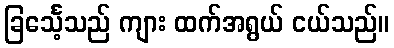
ခြင်္သေ့သည် ကျား ထက်အရွယ် ငယ်သည်။